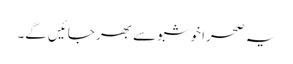
یہ صحرا خوشبو سے بھر جائیں گے۔